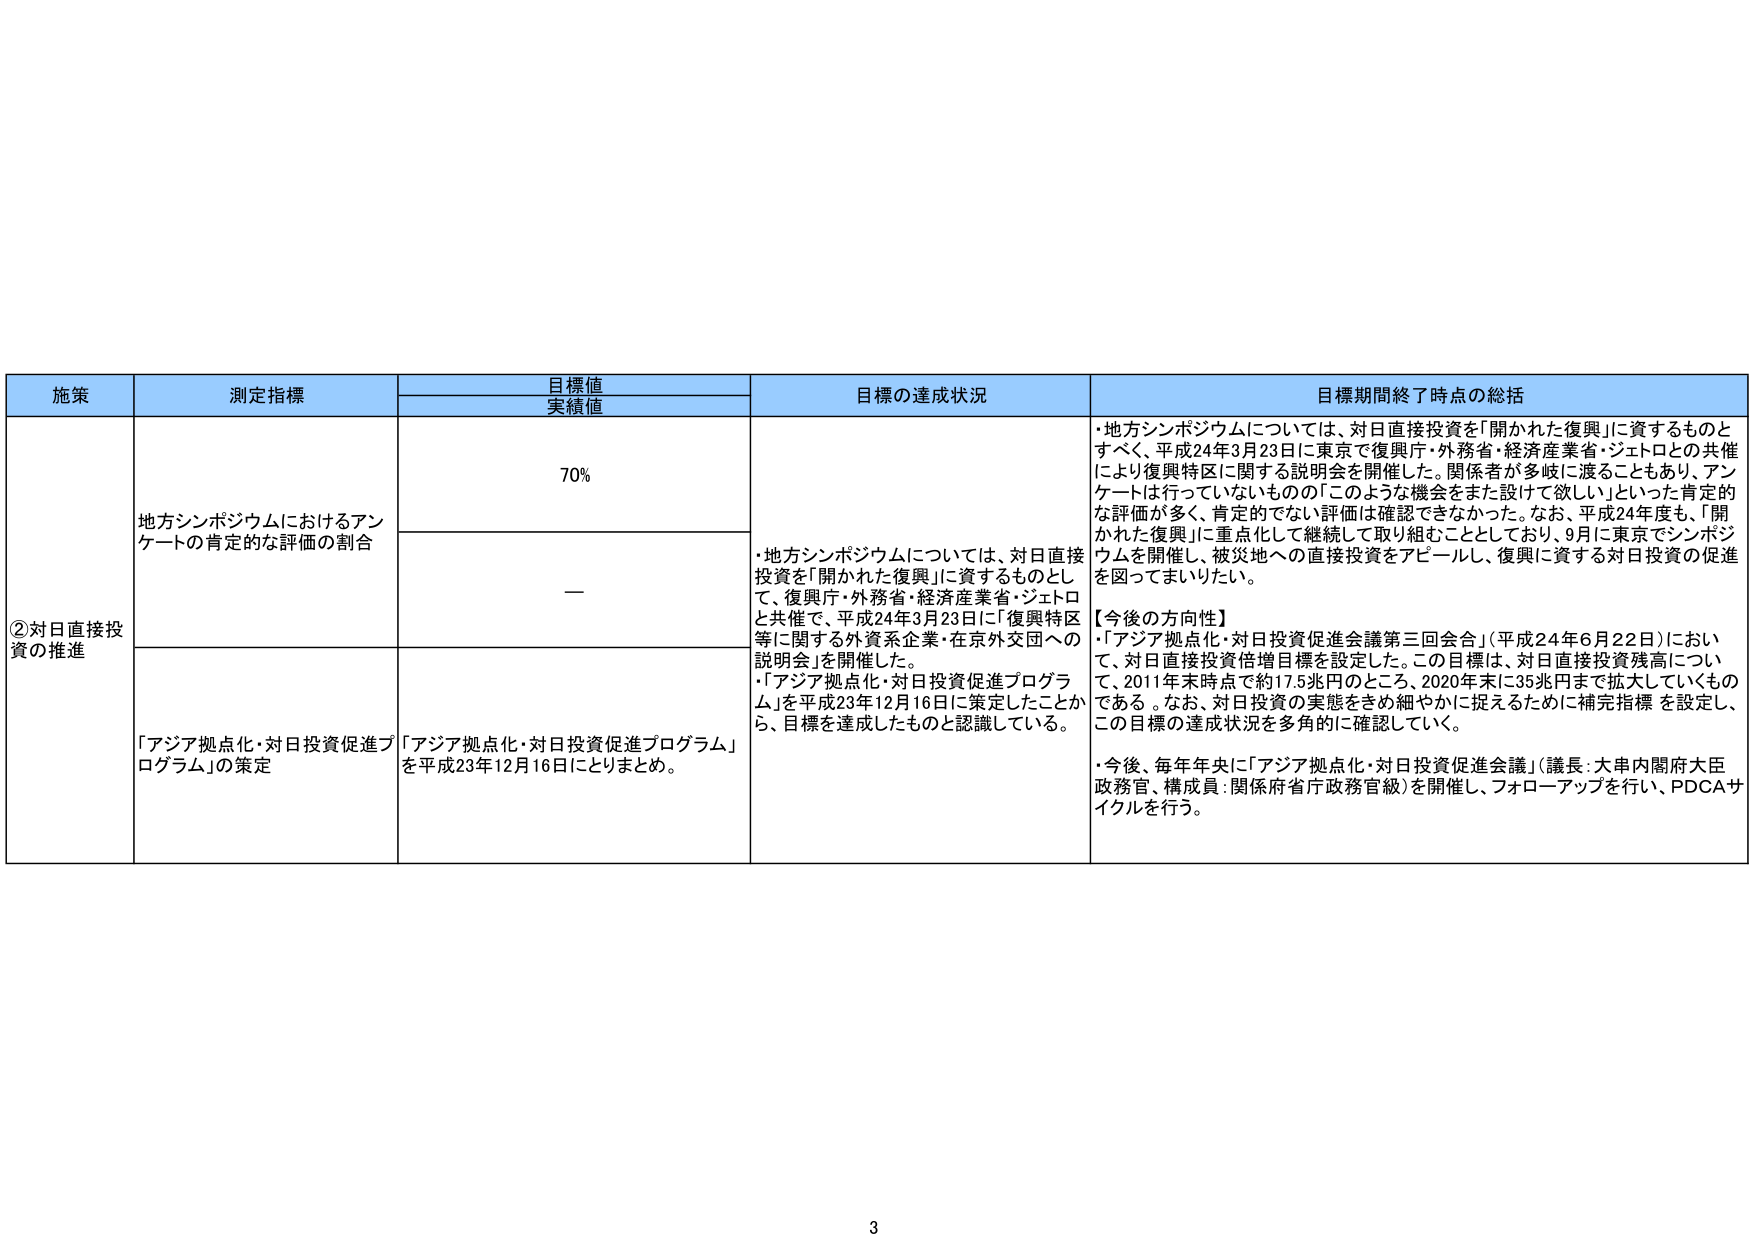
施策 測定指標 目標値 実績値 目標の達成状況 目標期間終了時点の総括 ②対日直接投資の推進 地方シンポジウムにおけるアンケートの肯定的な評価の割合 70% — ・地方シンポジウムについては、対日直接投資を「開かれた復興」に資するものとして、復興庁・外務省・経済産業省・ジェトロと共催で、平成24年3月23日に「復興特区等に関する外資系企業・在京外交団への説明会」を開催した。 ・「アジア拠点化・対日投資促進プログラム」を平成23年12月16日に策定したことから、目標を達成したものと認識している。 ・地方シンポジウムについては、対日直接投資を「開かれた復興」に資するものとすべく、平成24年3月23日に東京で復興庁・外務省・経済産業省・ジェトロとの共催により復興特区に関する説明会を開催した。関係者が多岐に渡ることもあり、アンケートは行っていないものの「このような機会をまた設けて欲しい」といった肯定的な評価が多く、肯定的でない評価は確認できなかった。なお、平成24年度も、「開かれた復興」に重点化して継続して取り組むこととしており、9月に東京でシンポジウムを開催し、被災地への直接投資をアピールし、復興に資する対日投資の促進を図ってまいりたい。 【今後の方向性】 ・「アジア拠点化・対日投資促進会議第三回会合」（平成24年6月22日）において、対日直接投資倍増目標を設定した。この目標は、対日直接投資残高について、2011年末時点で約17.5兆円のところ、2020年末に35兆円まで拡大していくものである。なお、対日投資の実態をきめ細やかに捉えるために補完指標を設定し、この目標の達成状況を多角的に確認していく。 ・今後、毎年年央に「アジア拠点化・対日投資促進会議」（議長：大串内閣府大臣政務官、構成員：関係府省庁政務官級）を開催し、フォローアップを行い、PDCAサイクルを行う。 「アジア拠点化・対日投資促進プログラム」の策定 「アジア拠点化・対日投資促進プログラム」を平成23年12月16日にとりまとめ。 3